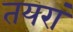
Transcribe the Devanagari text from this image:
तयरां